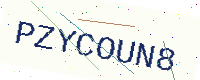
Text: PZYCOUN8